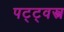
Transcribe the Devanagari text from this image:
पट्ट्वस्त्र